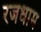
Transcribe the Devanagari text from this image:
रजधाम